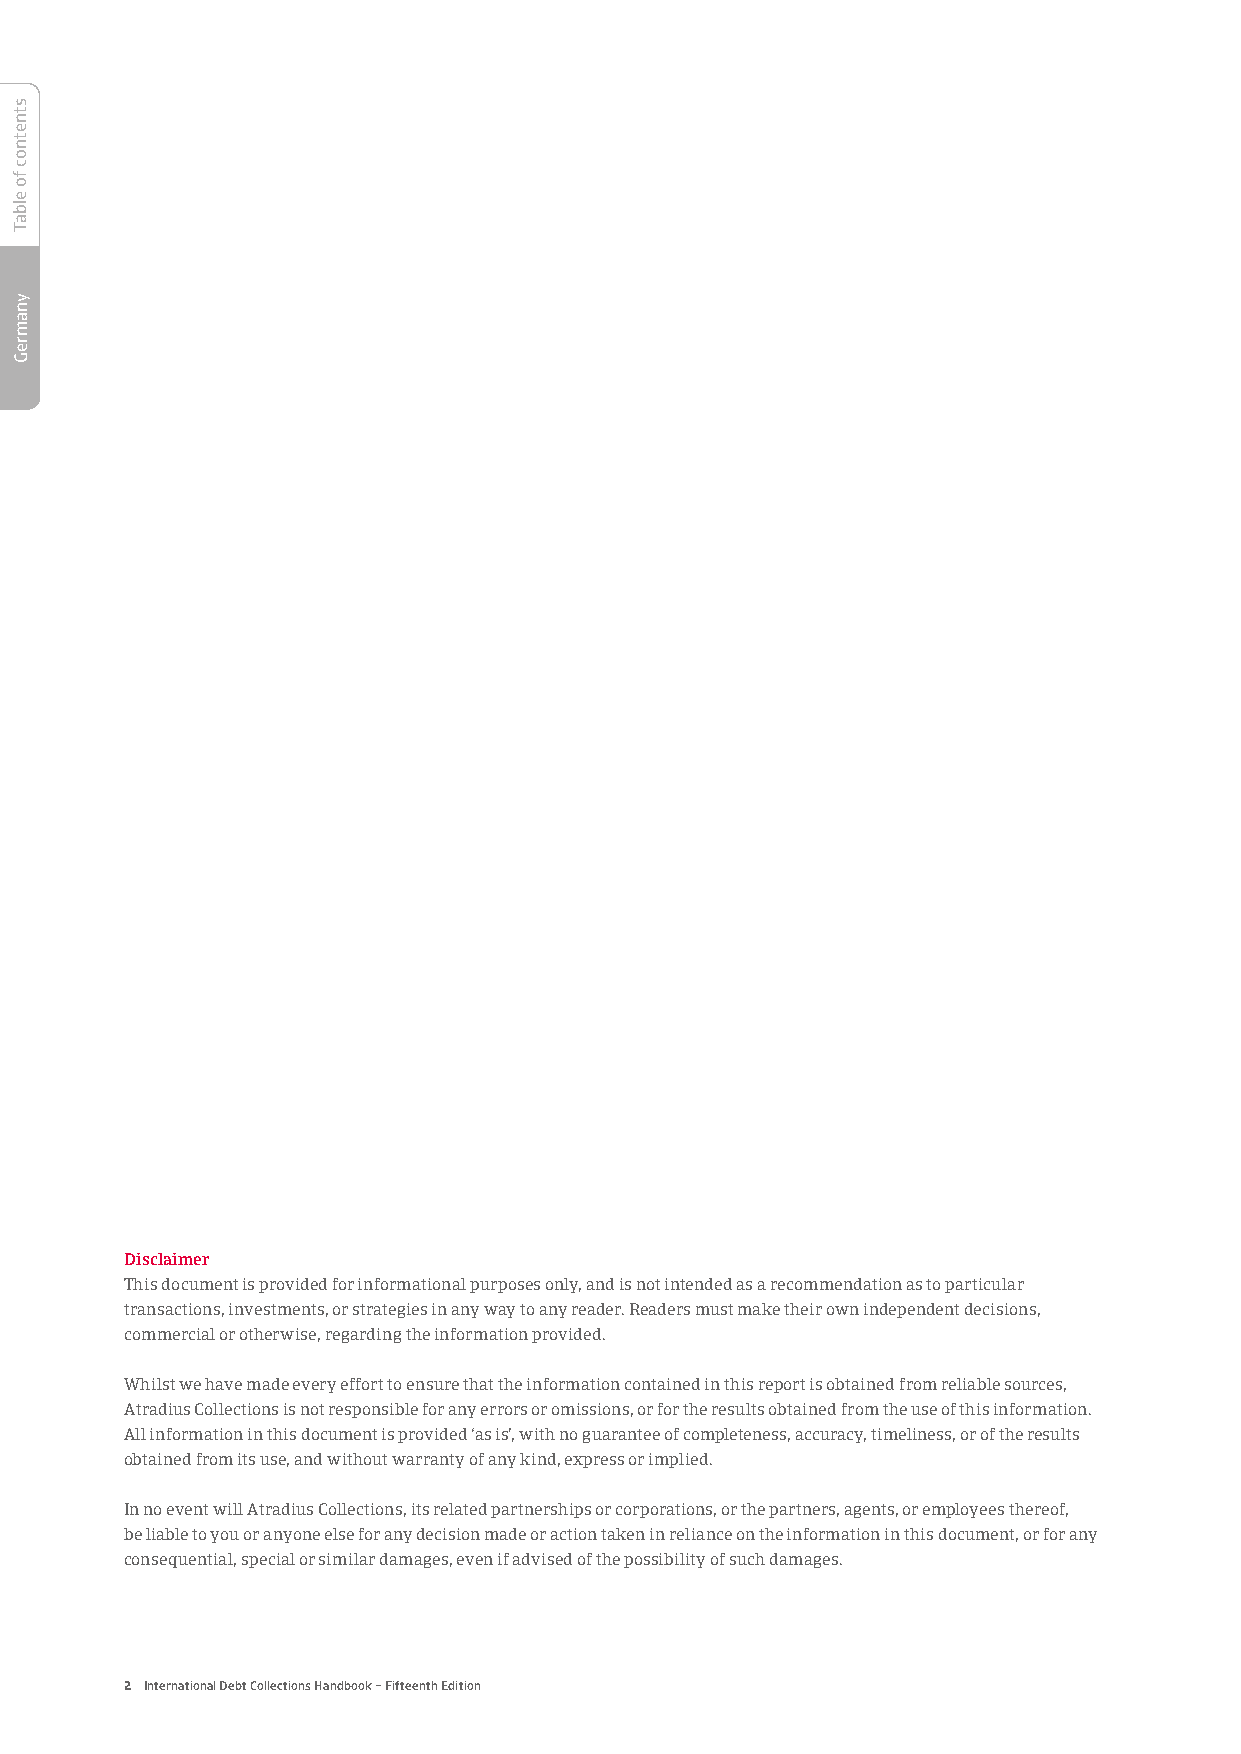
Disclaimer
 This document is provided for informational purposes only, and is not intended as a recommendation as to particular
 transactions, investments, or strategies in any way to any reader. Readers must make their own independent decisions,
 commercial or otherwise, regarding the information provided.
 Whilst we have made every effort to ensure that the information contained in this report is obtained from reliable sources,
 Atradius Collections is not responsible for any errors or omissions, or for the results obtained from the use of this information.
 All information in this document is provided ‘as is’, with no guarantee of completeness, accuracy, timeliness, or of the results
 obtained from its use, and without warranty of any kind, express or implied.
 In no event will Atradius Collections, its related partnerships or corporations, or the partners, agents, or employees thereof,
 be liable to you or anyone else for any decision made or action taken in reliance on the information in this document, or for any
 consequential, special or similar damages, even if advised of the possibility of such damages.
 2 International Debt Collections Handbook – Fifteenth Edition
 stnetnoc
 fo
 elbaT
 ynamreG